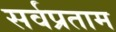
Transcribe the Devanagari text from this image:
सर्वप्रताम